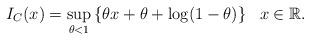
LaTeX: \begin{align*}I_C(x) = \sup_{\theta < 1}\left\{\theta x + \theta + \log(1-\theta)\right\}\ \ x \in \mathbb{R}.\end{align*}